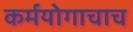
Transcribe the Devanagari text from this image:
कर्मयोगाचाच